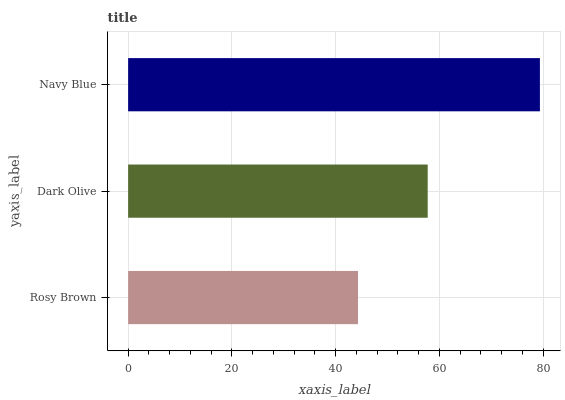
| yaxis_label | bars |
 | --- | --- |
 | Rosy Brown | 44.3 |
 | Dark Olive | 57.8 |
 | Navy Blue | 79.4 |